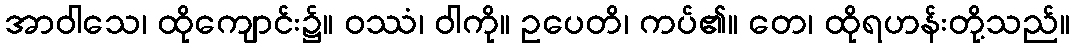
အာဝါသေ၊ ထိုကျောင်း၌။ ဝဿံ၊ ဝါကို။ ဥပေတိ၊ ကပ်၏။ တေ၊ ထိုရဟန်းတို့သည်။